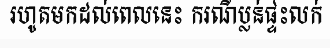
រហូតមកដល់ពេលនេះ ករណីប្លន់ផ្ទះលក់